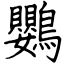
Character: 鸚